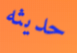
حديثه